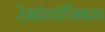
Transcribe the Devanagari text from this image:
टेक्नोलॉजिकल